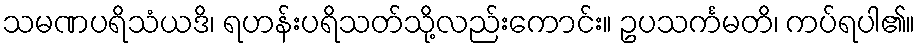
သမဏပရိသံယဒိ၊ ရဟန်းပရိသတ်သို့လည်းကောင်း။ ဥပသင်္ကမတိ၊ ကပ်ရပါ၏။